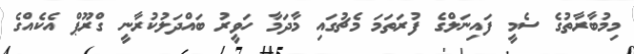
މިމުބާރާތުގެ ސެމީ ފައިނަލްގެ ފުރަތަމަ މެޗުގައި މާދަމާ ހަވީރު ބައްދަލުކުރާނީ ގްރޫޕް އެކެއްގެ